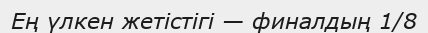
Ең үлкен жетістігі — финалдың 1/8